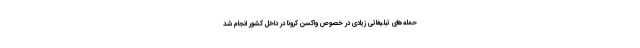
حمله‌های تبلیغاتی زیادی در خصوص واکسن کرونا در داخل کشور انجام شد